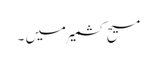
مسیح کشمیر میں ۔